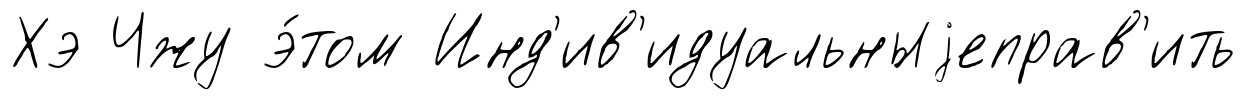
Хэ Чжу э́том Инд'ив'идуальныjеправ'ить